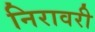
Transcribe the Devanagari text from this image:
निरावरी